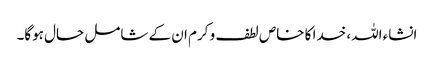
انشاء اللہ، خدا کا خاص لطف و کرم ان کے شامل حال ہوگا۔